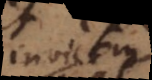
invicem